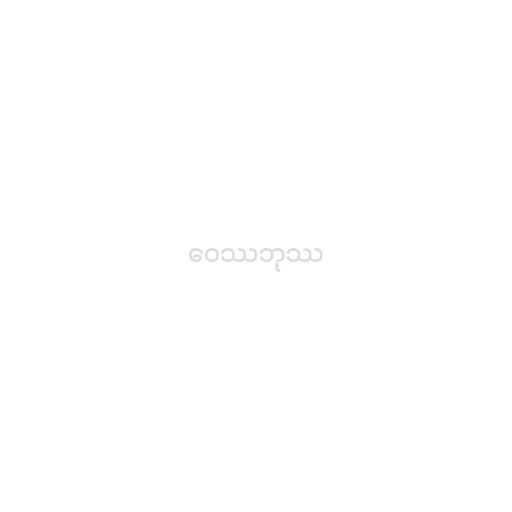
ဝေဿဘုဿ